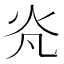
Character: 𭴄